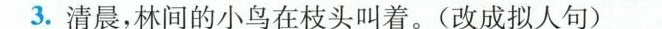
3.清晨，林间的小鸟在枝头叫着。(改成拟人句)